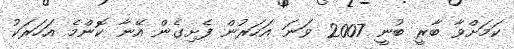
ކަމަށްވާ ބާރީ ބުނީ 2007 ވަނަ އަހަރުން ފެށިގެން އޭނާ ކޮންމެ އަހަރަކު